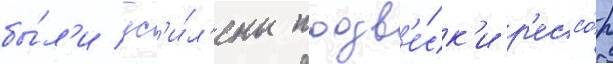
бы́л'и ус'и́л'ены подв'е́ск'и р'ессо́р